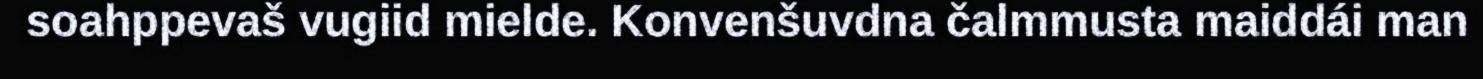
soahppevaš vugiid mielde. Konvenšuvdna čalmmusta maiddái man